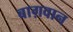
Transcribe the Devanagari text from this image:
बाग़वान